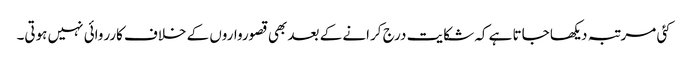
کئی مرتبہ دیکھا جاتا ہے کہ شکایت درج کرانے کے بعد بھی قصورواروں کے خلاف کارروائی نہیں ہوتی۔